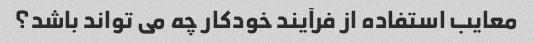
معایب استفاده از فرآیند خودکار چه می تواند باشد؟